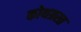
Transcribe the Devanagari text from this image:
कोथग्रस्त